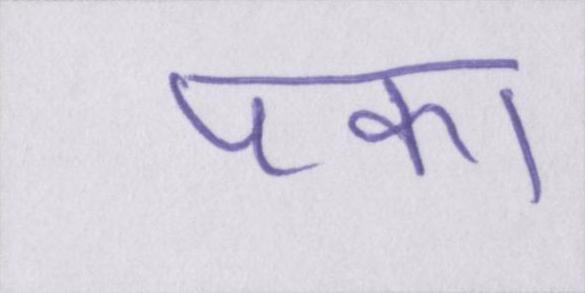
पका